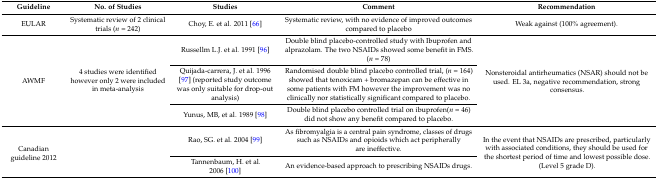
<table><thead><tr><td><b>Guideline</b></td><td><b>No. of Studies</b></td><td><b>Studies</b></td><td><b>Comment</b></td><td><b>Recommendation</b></td></tr></thead><tbody><tr><td>EULAR</td><td>Systematic review of 2 clinical trials (<i>n</i> = 242)</td><td>Choy, E. et al. 2011 [66]</td><td>Systematic review, with no evidence of improved outcomes compared to placebo</td><td>Weak against (100% agreement).</td></tr><tr><td rowspan="3">AWMF</td><td rowspan="3">4 studies were identified however only 2 were included in meta-analysis</td><td>Russellm L.J. et al. 1991 [96]</td><td>Double blind placebo-controlled study with Ibuprofen and alprazolam. The two NSAIDs showed some benefit in FMS. (<i>n</i> = 78)</td><td rowspan="3">Nonsteroidal antirheumatics (NSAR) should not be used. EL 3a, negative recommendation, strong consensus.</td></tr><tr><td>Quijada-carrera, J. et al. 1996 [97] (reported study outcome was only suitable for drop-out analysis)</td><td>Randomised double blind placebo controlled trial, (<i>n</i> = 164) showed that tenoxicam + bromazepan can be effective in some patients with FM however the improvement was no clinically nor statistically significant compared to placebo.</td></tr><tr><td>Yunus, MB, et al. 1989 [98]</td><td>Double blind placebo controlled trial on ibuprofen(<i>n</i> = 46) did not show any benefit compared to placebo.</td></tr><tr><td rowspan="2">Canadian guideline 2012</td><td rowspan="2"></td><td>Rao, SG. et al. 2004 [99]</td><td>As fibromyalgia is a central pain syndrome, classes of drugs such as NSAIDs and opioids which act peripherally are ineffective.</td><td rowspan="2">In the event that NSAIDs are prescribed, particularly with associated conditions, they should be used for the shortest period of time and lowest possible dose.(Level 5 grade D).</td></tr><tr><td>Tannenbaum, H. et al. 2006 [100]</td><td>An evidence-based approach to prescribing NSAIDs drugs.</td></tr></tbody></table>